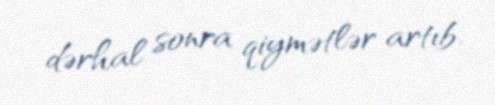
dərhal sonra qiymətlər artıb.